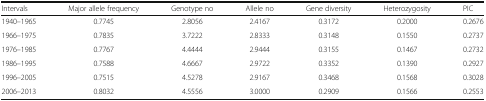
<table><thead><tr><td><b>Intervals</b></td><td><b>Major allele frequency</b></td><td><b>Genotype no</b></td><td><b>Allele no</b></td><td><b>Gene diversity</b></td><td><b>Heterozygosity</b></td><td><b>PIC</b></td></tr></thead><tbody><tr><td>1940–1965</td><td>0.7745</td><td>2.8056</td><td>2.4167</td><td>0.3172</td><td>0.2000</td><td>0.2676</td></tr><tr><td>1966–1975</td><td>0.7835</td><td>3.7222</td><td>2.8333</td><td>0.3148</td><td>0.1550</td><td>0.2737</td></tr><tr><td>1976–1985</td><td>0.7767</td><td>4.4444</td><td>2.9444</td><td>0.3155</td><td>0.1467</td><td>0.2732</td></tr><tr><td>1986–1995</td><td>0.7588</td><td>4.6667</td><td>2.9722</td><td>0.3352</td><td>0.1390</td><td>0.2927</td></tr><tr><td>1996–2005</td><td>0.7515</td><td>4.5278</td><td>2.9167</td><td>0.3468</td><td>0.1568</td><td>0.3028</td></tr><tr><td>2006–2013</td><td>0.8032</td><td>4.5556</td><td>3.0000</td><td>0.2909</td><td>0.1566</td><td>0.2553</td></tr></tbody></table>